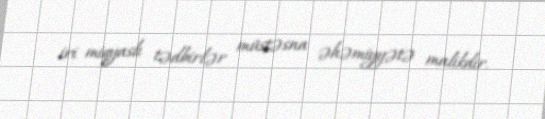
iri miqyaslı tədbirlər müstəsna əhəmiyyətə malikdir.